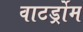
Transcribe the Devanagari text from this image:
वाटर्ड्रोम